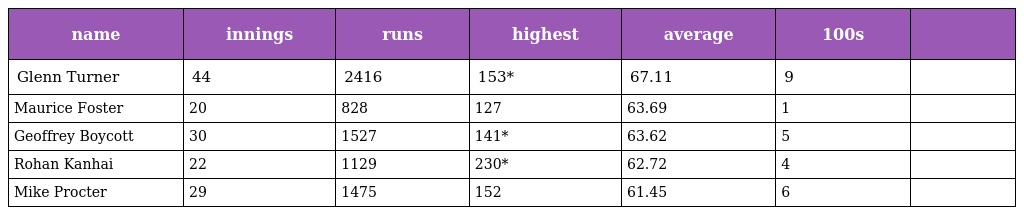
| name | innings | runs | highest | average | 100s |  |
 | --- | --- | --- | --- | --- | --- | --- |
 | Glenn Turner | 44 | 2416 | 153* | 67.11 | 9 |  |
 | Maurice Foster | 20 | 828 | 127 | 63.69 | 1 |  |
 | Geoffrey Boycott | 30 | 1527 | 141* | 63.62 | 5 |  |
 | Rohan Kanhai | 22 | 1129 | 230* | 62.72 | 4 |  |
 | Mike Procter | 29 | 1475 | 152 | 61.45 | 6 |  |